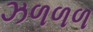
ઝળળળ